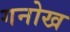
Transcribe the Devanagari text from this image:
गनोख